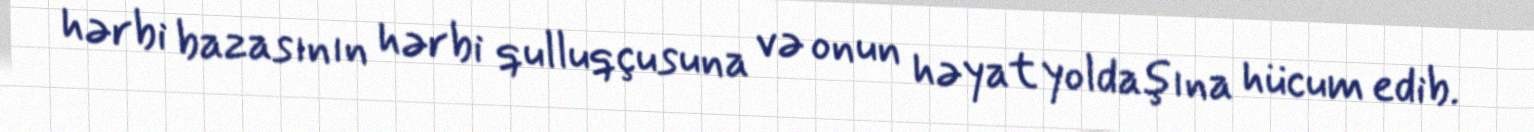
hərbi bazasının hərbi qulluqçusuna və onun həyat yoldaşına hücum edib.